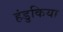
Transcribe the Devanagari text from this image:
हंडुकिया